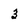
Character: 3